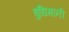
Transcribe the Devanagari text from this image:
बुधिमानी